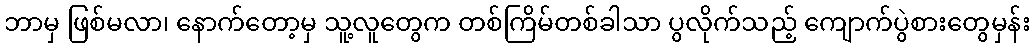
ဘာမှ ဖြစ်မလာ၊ နောက်တော့မှ သူ့လူတွေက တစ်ကြိမ်တစ်ခါသာ ပွလိုက်သည့် ကျောက်ပွဲစားတွေမှန်း